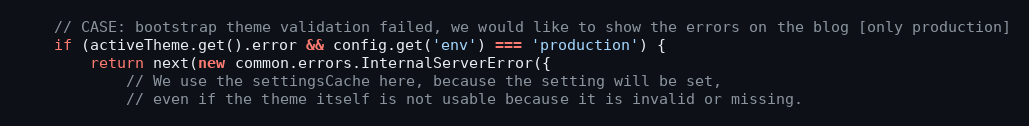
Language: JavaScript
    // CASE: bootstrap theme validation failed, we would like to show the errors on the blog [only production]
    if (activeTheme.get().error && config.get('env') === 'production') {
        return next(new common.errors.InternalServerError({
            // We use the settingsCache here, because the setting will be set,
            // even if the theme itself is not usable because it is invalid or missing.